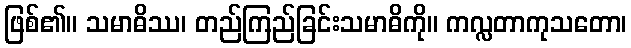
ဖြစ်၏။ သမာဓိဿ၊ တည်ကြည်ခြင်းသမာဓိကို။ ကလ္လတာကုသတော၊